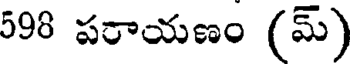
598 పరాయణం (మ్)